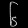
Digit: ၆